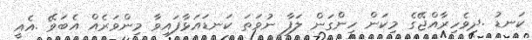
ކަނޑު .ދިވެހިރާއްޖޭގެ މިކަން ހިންގަން ލަފާ ނުވަތަ ކަނޑައަޅާފައިވާ މިންވަރެއް އެބަވޭ .އެއީ